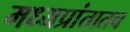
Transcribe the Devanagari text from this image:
मध्यप्रांतातच